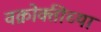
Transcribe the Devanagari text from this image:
वक्रोक्तीच्या